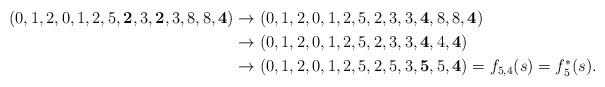
LaTeX: \begin{align*}(0,1,2,0,1,2,5,{\bf 2},{3},{\bf 2},{3},8,8,{\bf 4})&\rightarrow (0,1,2,0,1,2,5,{2},{3},{3},{\bf 4},8,8,{\bf 4})\\&\rightarrow (0,1,2,0,1,2,5,{2},{3},{3},{\bf 4},4,{\bf 4})\\&\rightarrow (0,1,2,0,1,2,5,{2},{5},{3},{\bf 5},5,{\bf 4})=f_{5,4}(s)=f_5^*(s).\end{align*}